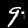
Digit: 9